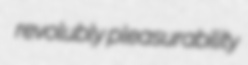
revolubly pleasurability